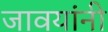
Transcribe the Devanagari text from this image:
जावयांनी